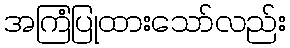
အကြံပြုထားသော်လည်း